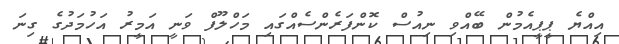
އިއްޔެ ޕީޕީއެމުން ބޭއްވި ނިއުސް ކޮންފަރެންސެއްގައި މަހްލޫފް ވަނީ އަމީރު އަހުމަދުގެ ގިނަ